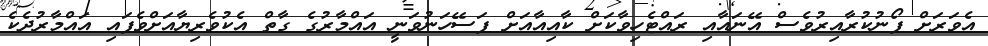
އެވަރަށް ފޯނުކުރާއިރުވެސް އޭނައާއި ރައްޓެހިވާކަށް ކާއިއާއަށް ފަސޭހަނުވަނީ އައްމާރުގެ ގާތް އެކުވެރިޔާއަށްވެފައި އައްމާރުދެކެ